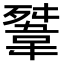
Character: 𩎳